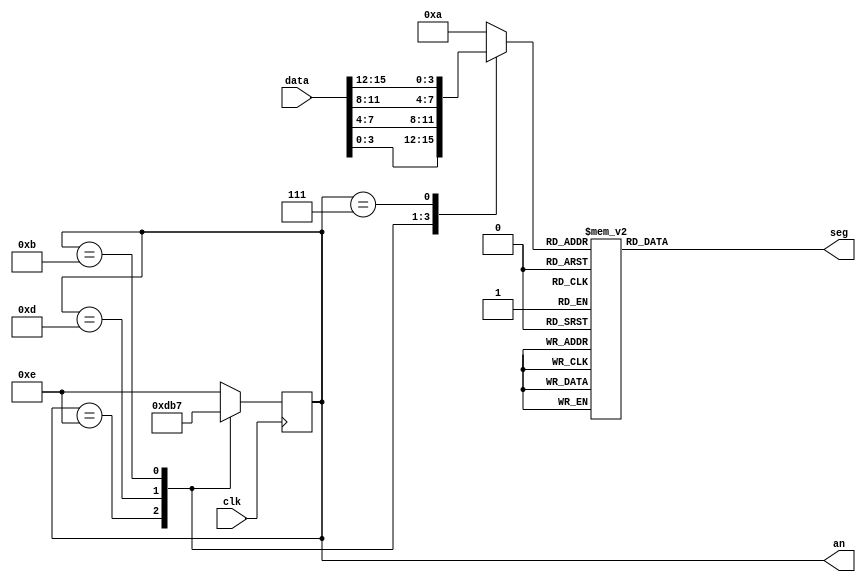
`timescale 1ns / 1ps
//////////////////////////////////////////////////////////////////////////////////
// Company: 
// Engineer: 
// 
// Design Name: 
// Module Name:    seven_segment 
// Project Name: 
// Target Devices: 
// Tool versions: 
// Description: 
//
// Dependencies: 
//
// Revision: 
// Revision 0.01 - File Created
// Additional Comments: 
//
//////////////////////////////////////////////////////////////////////////////////
module seven_segment(
    input clk,
    input [15:0] data,
    output reg [7:0] seg,
    output reg [3:0] an = 4'b1110
    );

  reg [3:0] nibble;
  
  always @(posedge clk)
    case (an)
      4'b1110 : an = 4'b1101;
      4'b1101 : an = 4'b1011;
      4'b1011 : an = 4'b0111;
      4'b0111 : an = 4'b1110;
      default : an = 4'b1110;
    endcase
  
  always @*
    case (an)
      4'b1110 : nibble = data[3:0];
      4'b1101 : nibble = data[7:4];
      4'b1011 : nibble = data[11:8];
      4'b0111 : nibble = data[15:12];
      default : nibble = 4'hA;
    endcase

  always @*
    case (nibble)
      4'h0 : seg = 8'b00000011;
      4'h1 : seg = 8'b10011111;
      4'h2 : seg = 8'b00100101;
      4'h3 : seg = 8'b00001101;
      4'h4 : seg = 8'b10011001;
      4'h5 : seg = 8'b01001001;
      4'h6 : seg = 8'b01000001;
      4'h7 : seg = 8'b00011111;
      4'h8 : seg = 8'b00000001;
      4'h9 : seg = 8'b00011001;
      4'hA : seg = 8'b00010001;
      4'hB : seg = 8'b11000001;
      4'hC : seg = 8'b11100101;
      4'hD : seg = 8'b10000101;
      4'hE : seg = 8'b01100001;
      4'hF : seg = 8'b01110001;
    endcase
      
endmodule